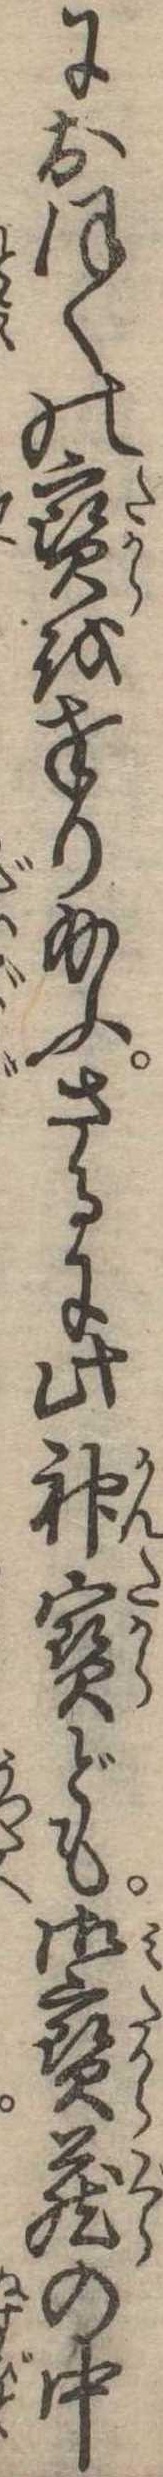
におほくの宝を奉り給ふさるに此神宝ども御宝蔵の中